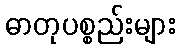
ဓာတုပစ္စည်းများ